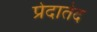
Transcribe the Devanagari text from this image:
प्रेदातेद